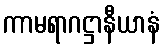
ကာမရာဂဋ္ဌာနီယာနံ